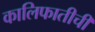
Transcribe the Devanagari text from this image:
कालिफातीची